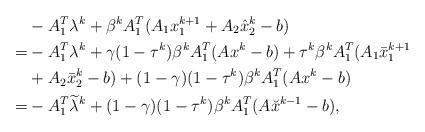
LaTeX: \begin{align*}\begin{aligned}&-A_1^T\lambda^k+\beta^kA_1^T(A_1{x}_1^{k+1}+A_2\hat{x}_2^k-b)\\=&-A_1^T\lambda^k+\gamma (1-\tau^k)\beta^kA_1^T(Ax^k-b) +\tau^k\beta^kA_1^T(A_1\bar{x}_1^{k+1}\\&+A_2\bar{x}_2^k-b)+(1-\gamma)(1-\tau^k)\beta^kA_1^T(Ax^k-b)\\=&-A_1^T\widetilde{\lambda}^k+(1-\gamma)(1-\tau^k)\beta^kA_1^T(A\breve{x}^{k-1}-b),\end{aligned}\end{align*}